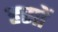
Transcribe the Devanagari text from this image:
हसों